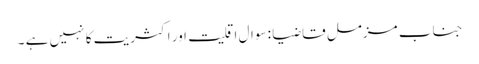
جناب مزمل قاضیا : سوال اقلیت اور اکثریت کا نہیں ہے ۔